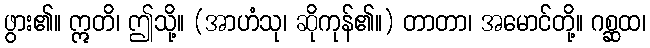
ဖွား၏။ ဣတိ၊ ဤသို့။ (အာဟံသု၊ ဆိုကုန်၏။) တာတာ၊ အမောင်တို့။ ဂစ္ဆထ၊